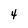
Character: 4